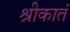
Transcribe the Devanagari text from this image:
श्रीकातं